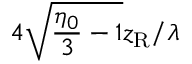
4 \sqrt { \frac { \eta _ { 0 } } { 3 } - 1 } z _ { \mathrm { R } } / \lambda